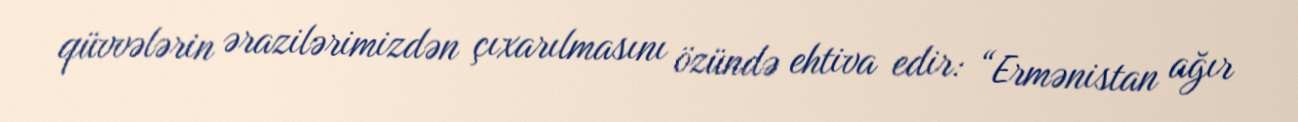
qüvvələrin ərazilərimizdən çıxarılmasını özündə ehtiva edir: “Ermənistan ağır